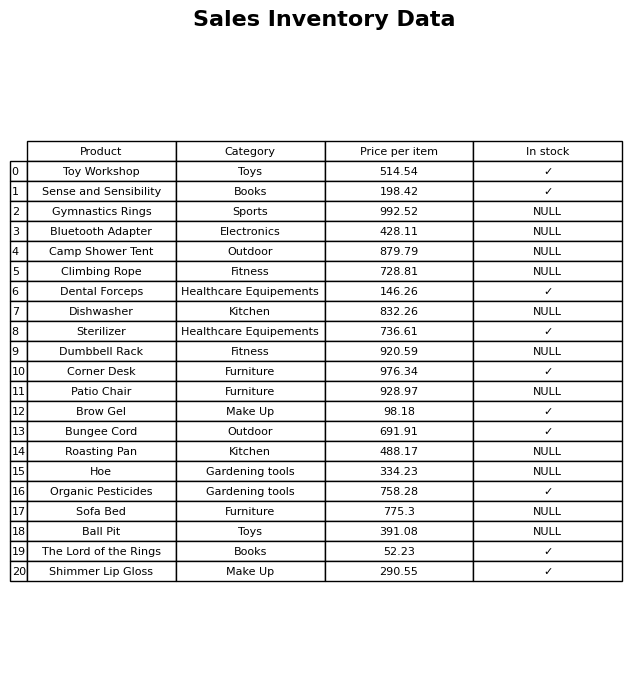
question: What is the price of the Brow Gel?
answer: The price of Brow Gel is 98.18.